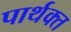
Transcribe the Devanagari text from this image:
पार्थक्त